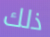
ذلك